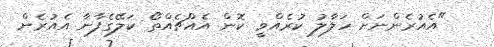
"އެއުރެންނަށް ހަލާލު ކުރެއްވީ ކޮން އެއްޗެއްތޯ ކަލޭގެފާނާ އެއުރެން